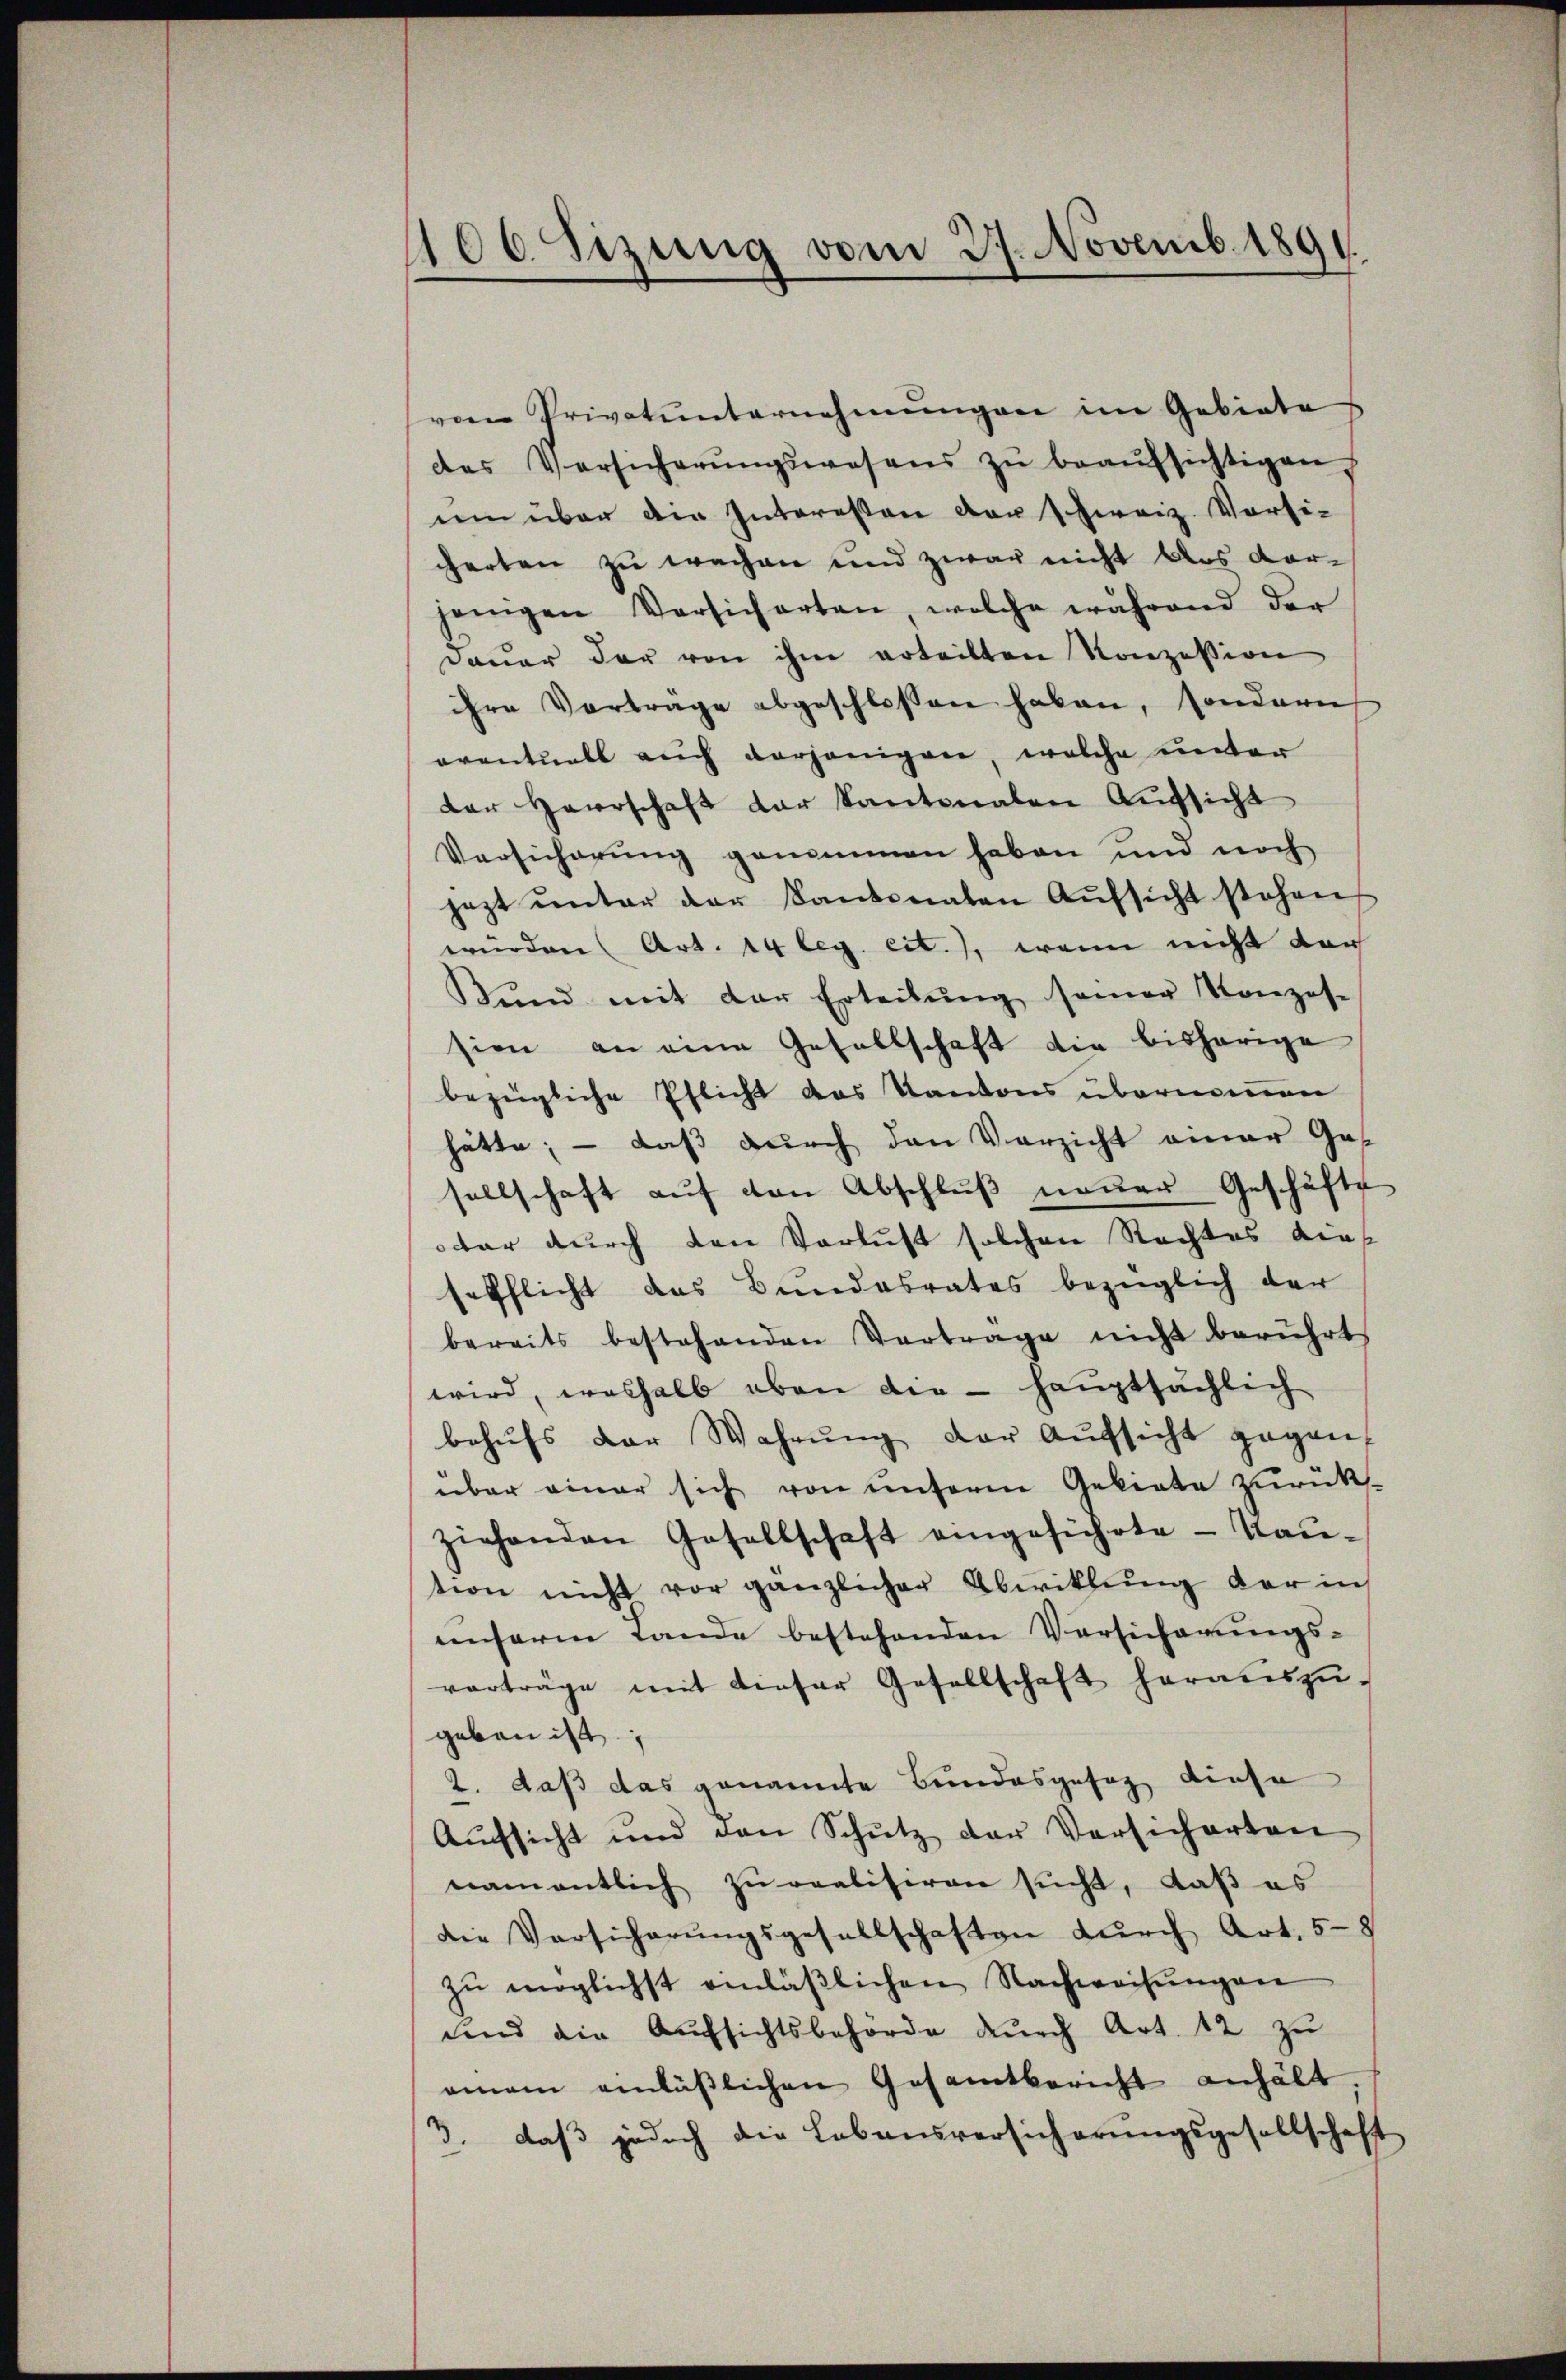
1106. Sizung vom 27. Novemb. 1891.
.

von Privatunternehmungen im Gebiete
des Versicherŭngswesens zŭ beaŭfsichtigen
um über die Interessen der schweiz. Vorsi-
cherten zu wachen und zwar nicht das vor-
jenigen Versicherten welche während der
Dauer der von ihm erteilten Konzession
ihre Vorträge abgeschlossen haben, sondern
oventuell auch derjenigen, welche unter
der Herrschaft der Kantonalen Aŭfsicht
Versicherŭng genommen haben und noch
jezt ŭnter der Kantonaten Aŭfsicht stehen,
wurden Art. 14 leg. eit.), wenn nicht der
Bŭnd mit der Erteilŭng seiner Konzes-
sien an eine Gesellschaft die bisherige
bezügliche Pflicht das Kantons übernommen
hätte; — daß durch den Verzicht einer Ges
sellschaft aŭf von Abschlŭβ neuer Geschäfte
ter durch den Verlust solchen Rechtes dies
sefflicht das Bundesrates bezüglich der
bereits bestehenden Vertrage nicht berührt
wird, weshalb oben die - hauptsächlich
behŭfs der Wahrŭng der Aŭfsicht gegen
über einer sich von unserm Gebiete zurück-
ziehenden Gesellschaft eingesuchete - Taŭ-
tion nicht vor gänzlicher Abwicklung der in
unserm Lande bestehenden Versicherungs-
vorträge mit dieser Gesellschaft heraŭszŭ-
geben ist.
2. daß das genannte Bundesgesag diese
Aŭchsicht und den Schŭtz der Versicherten
namentlich zŭ realisiren sucht, daß es
die Versicherŭngsgesellschaften durch Art. 58
zŭ möglichst einläβlichen Nachweisŭngen
und die Aufsichtsbehörde dŭrch Art. 12 zu
amen anläβlichen Gesamtbericht anhält,
3. daß jedoch die Lebensversicherŭngsgesellschaft